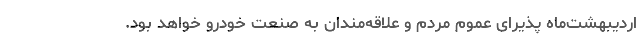
اردیبهشت‌ماه پذیرای عموم مردم و علاقه‌مندان به صنعت خودرو خواهد بود.